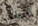
الاعضاء